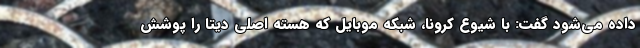
داده می‌شود گفت: با شیوع کرونا، شبکه موبایل که هسته اصلی دیتا را پوشش